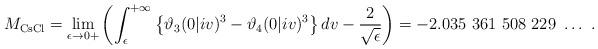
LaTeX: \begin{align*}M_{\mathrm{CsCl}}=\underset{\epsilon \rightarrow 0+}{\lim}\left( \int_{\epsilon}^{+\infty} \left\lbrace\vartheta_{3}(0\vert i v)^{3}-\vartheta_{4}(0\vert i v)^{3} \right\rbrace dv -\dfrac{2}{\sqrt{\epsilon}}\right)=-2.035 \ 361 \ 508 \ 229 \ \ldots \ .\end{align*}